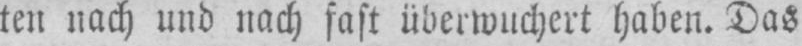
ten nach und nach fast überwuchert haben. Das